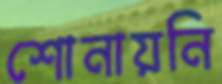
শোনায়নি